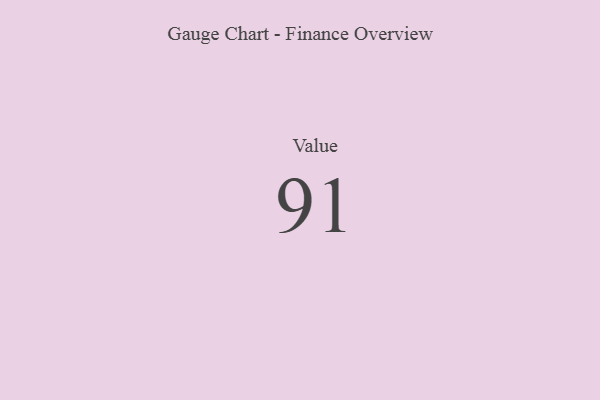
{"axis": {"x": "Metric", "y": "Value"}, "legend": [""], "data": [{"x": "Value", "y": 91, "type": ""}]}